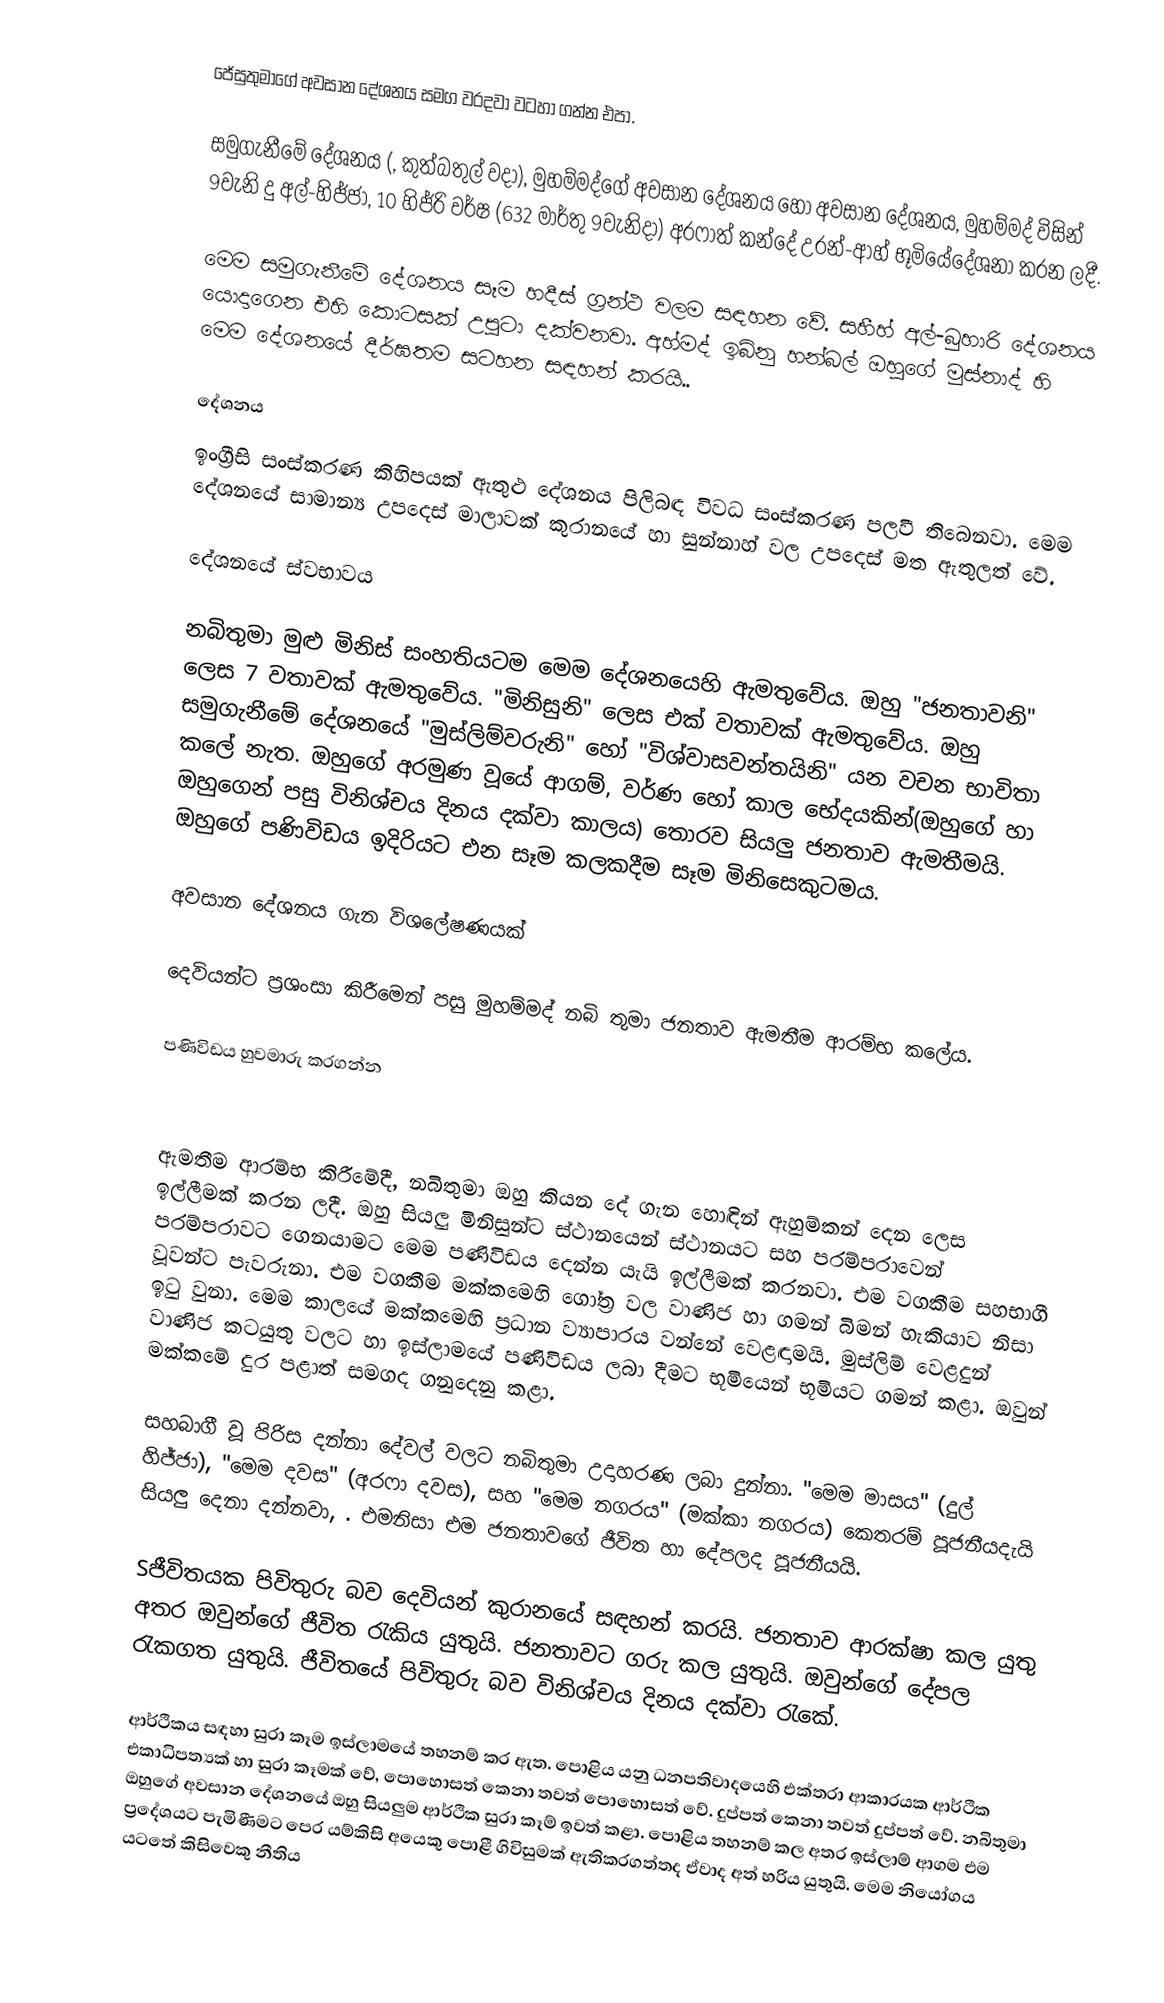
ජේසුතුමාගේ  අවසාන දේශනය සමග වරදවා වටහා ගන්න එපා.

සමුගැනීමේ දේශනය (, කුත්බතුල් වදා),  මුහම්මද්ගේ අවසාන දේශනය හෝ අවසාන දේශනය, මුහම්මද්  විසින් 9වැනි දු අල්-හිජ්ජා, 10 හිජ්රි වර්ෂ (632 මාර්තු 9වැනිදා) අරෆාත් කන්දේ උරන්-ආහ් භූමියේදේශනා කරන ලදී.

මෙම සමුගැනීමේ දේශනය සෑම හදීස්  ග්‍රන්ථ වලම සඳහන වේ. සහීහ් අල්-බුහාරි දේශනය යොදාගෙන එහි කොටසක් උපුටා දක්වනවා. අහ්මද් ඉබ්නු හන්බල් ඔහුගේ මුස්නාද් හි මෙම දේශනයේ දීර්ඝතම සටහන සඳහන් කරයි..

දේශනය
ඉංග්‍රීසි සංස්කරණ කිහිපයක් ඇතුළු දේශනය පිලිබඳ විවධ සංස්කරණ පලවී තිබෙනවා.  මෙම දේශනයේ සාමාන්‍ය උපදෙස් මාලාවක් කුරානයේ හා සුන්නාහ් වල උපදෙස් මත ඇතුලත් වේ.

දේශනයේ ස්වභාවය

නබිතුමා මුළු මිනිස් සංහතියටම මෙම දේශනයෙහි ඇමතුවේය. ඔහු "ජනතාවනි" ලෙස 7 වතාවක් ඇමතුවේය. "මිනිසුනි" ලෙස එක් වතාවක් ඇමතුවේය. ඔහු සමුගැනීමේ දේශනයේ "මුස්ලිම්වරුනි" හෝ "විශ්වාසවන්තයිනි" යන වචන භාවිතා කලේ නැත. ඔහුගේ අරමුණ වූයේ ආගම්, වර්ණ හෝ කාල භේදයකින්(ඔහුගේ හා ඔහුගෙන් පසු විනිශ්චය දිනය දක්වා කාලය) තොරව සියලු ජනතාව ඇමතීමයි. ඔහුගේ පණිවිඩය ඉදිරියට එන සෑම කලකදීම සෑම මිනිසෙකුටමය.

අවසාන දේශනය ගැන විශලේෂණයක්

දෙවියන්ට ප්‍රශංසා කිරීමෙන් පසු මුහම්මද් නබි තුමා ජනතාව ඇමතීම ආරම්භ කලේය.

පණිවිඩය හුවමාරු කරගන්න

ඇමතීම ආරම්භ කිරීමේදී, නබිතුමා ඔහු කියන දේ ගැන හොඳින් ඇහුම්කන් දෙන ලෙස ඉල්ලීමක් කරන ලදී. ඔහු සියලු මිනිසුන්ට ස්ථානයෙන් ස්ථානයට සහ පරම්පරාවෙන් පරම්පරාවට ගෙනයාමට මෙම පණිවිඩය දෙන්න යැයි ඉල්ලීමක් කරනවා. එම වගකීම සහභාගී වූවන්ට පැවරුනා. එම වගකීම මක්කමෙහි ගෝත්‍ර වල වාණිජ හා ගමන් බිමන් හැකියාව නිසා ඉටු වුනා. මෙම කාලයේ මක්කමෙහි ප්‍රධාන ව්‍යාපාරය වන්නේ වෙළඳාමයි. මුස්ලිම් වෙළදුන් වාණිජ කටයුතු වලට හා ඉස්ලාමයේ පණිවිඩය ලබා දීමට භූමියෙන් භූමියට ගමන් කළා. ඔවුන් මක්කමේ දුර පළාත් සමගද ගනුදෙනු කළා.

සහබාගී වූ පිරිස දන්නා දේවල් වලට නබිතුමා උදාහරණ ලබා දුන්නා. "මෙම මාසය" (දුල් හිජ්ජා), "මෙම දවස" (අරෆා දවස), සහ "මෙම නගරය" (මක්කා නගරය) කෙතරම් පූජනීයදැයි සියලු දෙනා දන්නවා, . එමනිසා එම ජනතාවගේ ජීවිත හා දේපලද පූජනීයයි.

Sජීවිතයක පිවිතුරු බව දෙවියන් කුරානයේ සඳහන් කරයි. ජනතාව ආරක්ෂා කල යුතු අතර ඔවුන්ගේ ජීවිත රැකිය යුතුයි. ජනතාවට ගරු කල යුතුයි. ඔවුන්ගේ දේපල රැකගත යුතුයි. ජීවිතයේ පිවිතුරු බව විනිශ්චය දිනය දක්වා රැකේ.

ආර්ථිකය සඳහා සුරා කෑම ඉස්ලාමයේ තහනම් කර ඇත. පොළිය යනු ධනපතිවාදයෙහි එක්තරා ආකාරයක ආර්ථික එකාධිපත්‍යක් හා සුරා කෑමක් වේ, පොහොසත් කෙනා තවත් පොහොසත් වේ. දුප්පත් කෙනා තවත් දුප්පත් වේ. නබිතුමා ඔහුගේ අවසාන දේශනයේ ඔහු සියලුම ආර්ථික සුරා කෑම් ඉවත් කළා. පොළිය තහනම් කල අතර ඉස්ලාම් ආගම එම ප්‍රදේශයට පැමිණීමට පෙර යම්කිසි අයෙකු පොළී ගිවිසුමක් ඇතිකරගත්තද ඒවාද අත් හරිය යුතුයි. මෙම නියෝගය යටතේ කිසිවෙකු නීතිය